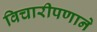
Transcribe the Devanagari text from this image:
विचारीपणाने